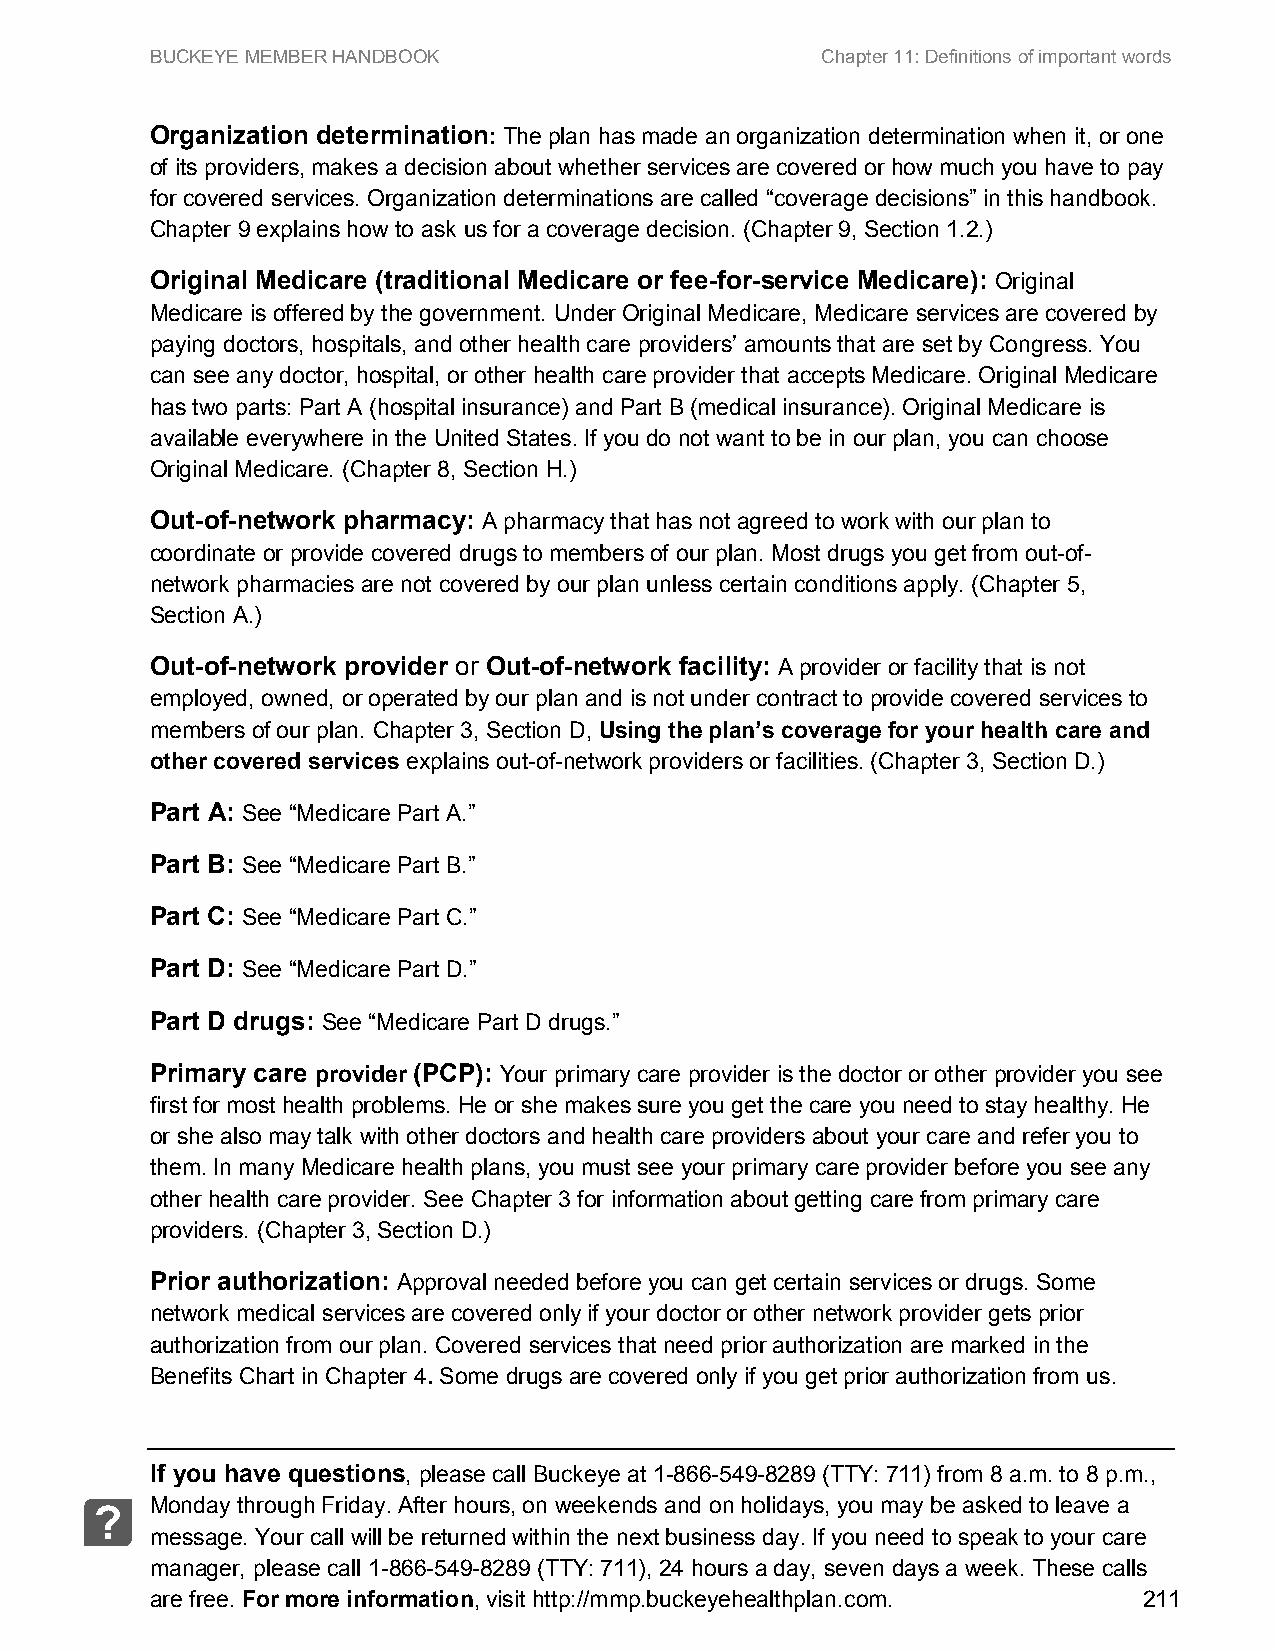
BUCKEYE MEMBER HANDBOOK                     Chapter 11: Definitions of important words
 Organization determination: The plan has made an organization determination when it, or one
 of its providers, makes a decision about whether services are covered or how much you have to pay
 for covered services. Organization determinations are called “coverage decisions” in this handbook.
 Chapter 9 explains how to ask us for a coverage decision. (Chapter 9, Section 1.2.)
 Original Medicare (traditional Medicare or fee-for-service Medicare): Original
 Medicare is offered by the government. Under Original Medicare, Medicare services are covered by
 paying doctors, hospitals, and other health care providers’ amounts that are set by Congress. You
 can see any doctor, hospital, or other health care provider that accepts Medicare. Original Medicare
 has two parts: Part A (hospital insurance) and Part B (medical insurance). Original Medicare is
 available everywhere in the United States. If you do not want to be in our plan, you can choose
 Original Medicare. (Chapter 8, Section H.)
 Out-of-network pharmacy: A pharmacy that has not agreed to work with our plan to
 coordinate or provide covered drugs to members of our plan. Most drugs you get from out-of-
 network pharmacies are not covered by our plan unless certain conditions apply. (Chapter 5,
 Section A.)
 Out-of-network provider or Out-of-network facility: A provider or facility that is not
 employed, owned, or operated by our plan and is not under contract to provide covered services to
 members of our plan. Chapter 3, Section D, Using the plan’s coverage for your health care and
 other covered services explains out-of-network providers or facilities. (Chapter 3, Section D.)
 Part A: See “Medicare Part A.”
 Part B: See “Medicare Part B.”
 Part C: See “Medicare Part C.”
 Part D: See “Medicare Part D.”
 Part D drugs: See “Medicare Part D drugs.”
 Primary care provider (PCP): Your primary care provider is the doctor or other provider you see
 first for most health problems. He or she makes sure you get the care you need to stay healthy. He
 or she also may talk with other doctors and health care providers about your care and refer you to
 them. In many Medicare health plans, you must see your primary care provider before you see any
 other health care provider. See Chapter 3 for information about getting care from primary care
 providers. (Chapter 3, Section D.)
 Prior authorization: Approval needed before you can get certain services or drugs. Some
 network medical services are covered only if your doctor or other network provider gets prior
 authorization from our plan. Covered services that need prior authorization are marked in the
 Benefits Chart in Chapter 4. Some drugs are covered only if you get prior authorization from us.
 If you have questions, please call Buckeye at 1-866-549-8289 (TTY: 711) from 8 a.m. to 8 p.m.,
 Monday through Friday. After hours, on weekends and on holidays, you may be asked to leave a
 ?
 message. Your call will be returned within the next business day. If you need to speak to your care
 manager, please call 1-866-549-8289 (TTY: 711), 24 hours a day, seven days a week. These calls
 are free. For more information, visit http://mmp.buckeyehealthplan.com. 211